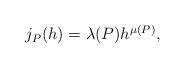
LaTeX: \begin{align*} \begin{aligned}j_P(h)=\lambda(P)h^{\mu(P)}, \end{aligned} \end{align*}